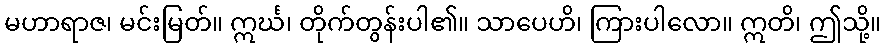
မဟာရာဇ၊ မင်းမြတ်။ ဣင်္ဃ၊ တိုက်တွန်းပါ၏။ သာပေဟိ၊ ကြားပါလော။ ဣတိ၊ ဤသို့။